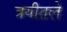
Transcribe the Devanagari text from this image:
त्रयीतले